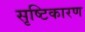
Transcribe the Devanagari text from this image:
सृष्टिकारण